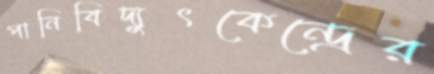
পানিবিদ্যুৎকেন্দ্রের